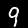
Label: 9